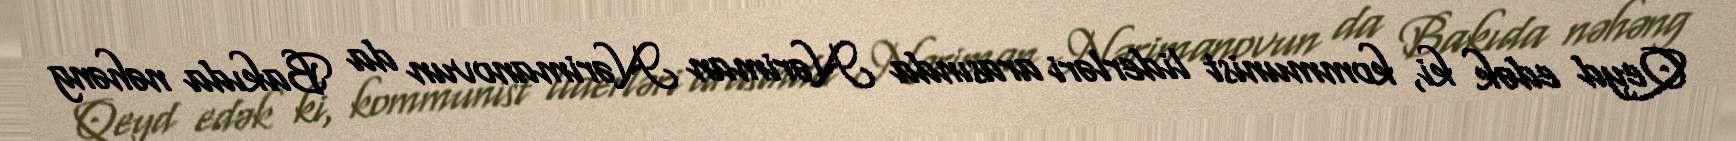
Qeyd edək ki, kommunist liderləri arasında Nəriman Nərimanovun da Bakıda nəhəng